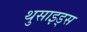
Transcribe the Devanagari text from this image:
थुसाइड्स